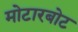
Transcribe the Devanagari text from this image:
मोटारबोट